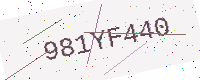
Text: 981YF440